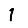
Digit: 1